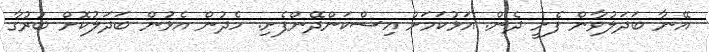
އޭނާ ބަދަލުވާން ފެށީ ދެން. އަޅުކަމަށް އިސްކަންދޭންފެށި. ހެދުން އެޅުން ބަދަލުކޮށް ބުރުގާ